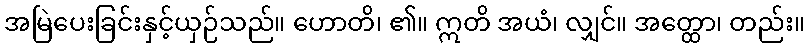
အမြဲပေးခြင်းနှင့်ယှဉ်သည်။ ဟောတိ၊ ၏။ ဣတိ အယံ၊ လျှင်။ အတ္ထော၊ တည်း။